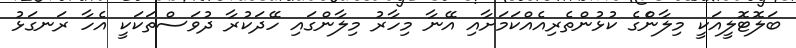
ބަލޮޓޮލީއަކީ މިލާންެގެ ކުޅުންތެރިއެއްކަމަށާއި އޭނާ މިހާރު މިލާންގައި ހޭދަކުރާ ދުވަސްތަކަކީ އެހާ ރަނގަޅު